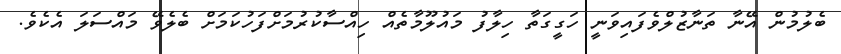
ބެލުމުން އޭނާ ތަނާޒުލްވެފައިވަނީ ހަގީގަތާ ހިލާފު މައުލޫމާތެއް ހިއްސާކުރުމަށްފަހުކަމަށް ބެލެވޭ މައްސަލަ އެކެވެ.